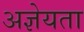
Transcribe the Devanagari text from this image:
अज्ञेयता